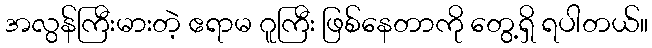
အလွန်ကြီးမားတဲ့ ဧရာမ ဂူကြီး ဖြစ်နေတာကို တွေ့ရှိ ရပါတယ်။